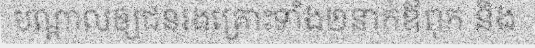
បណ្តាលឲ្យជនរងគ្រោះទាំង២នាក់ឪពុក និង